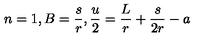
n = 1 , B = { \frac { s } { r } } , { \frac { u } { 2 } } = { \frac { L } { r } } + { \frac { s } { 2 r } } - a